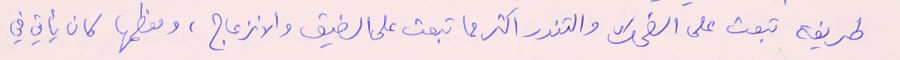
طريفة تبعث على الضحك والتندر اكثر مما تبعث على الضيق والانزعاج، ومعظمها كان يأتي في